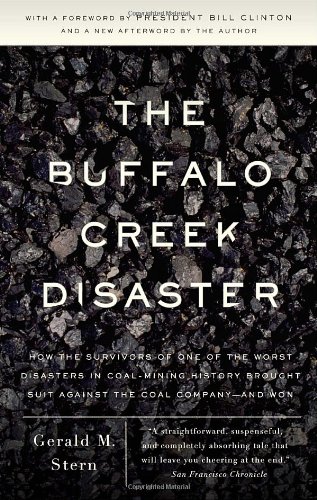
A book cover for The Buffalo Creek Disaster: How the Survivors of One of the Worst Disasters in Coal-Mining History Brought Suit Against the Coal Company- And Won; Gerald M. Stern; Law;